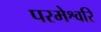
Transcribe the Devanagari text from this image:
परमेश्वरि